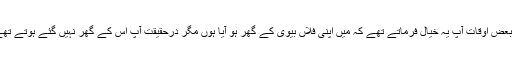
یا بعض اوقات آپؐ یہ خیال فرماتے تھے کہ میں اپنی فلاں بیوی کے گھر ہو آیا ہوں مگر درحقیقت آپؐ اس کے گھر نہیں گئے ہوتے تھے۔